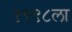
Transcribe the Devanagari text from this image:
१९९८ला